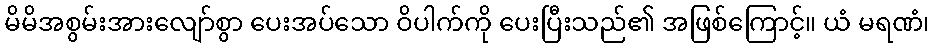
မိမိအစွမ်းအားလျော်စွာ ပေးအပ်သော ဝိပါက်ကို ပေးပြီးသည်၏ အဖြစ်ကြောင့်။ ယံ မရဏံ၊